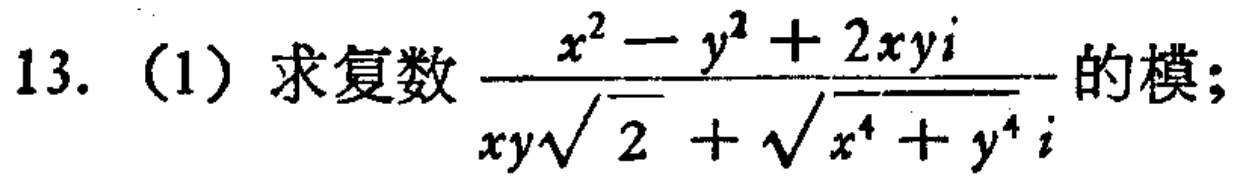
13.（1）求复数$\frac{x^{2}-y^{2}+2xyi}{xy\sqrt{2}+\sqrt{x^{4}+y^{4}}i}$的模；